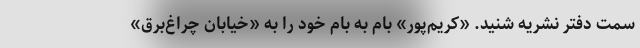
سمت دفتر نشریه شنید. «کریم‌پور» بام به بام خود را به «خیابان چراغ‌برق»